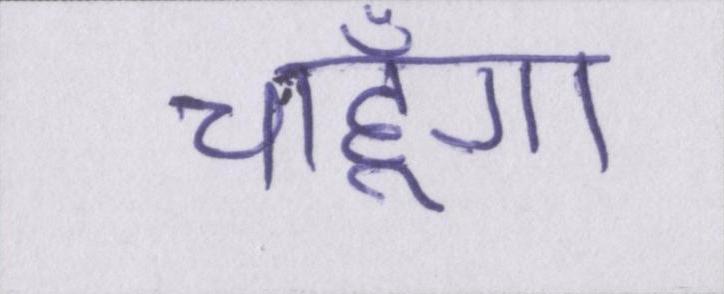
चाहूँगा